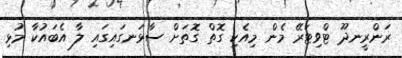
ރަންރީނދޫ ޓްވިޓަރޭ މެން މިއެކި ގޮތް ގޮތަށް ސާޅަނގައިގައި ލާ އެބައުކާ މުޅި